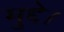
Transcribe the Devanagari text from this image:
मुद्दे।